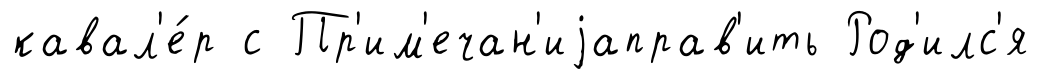
кавал'е́р с Пр'им'ечан'иjаправ'ить Род'илс'я